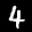
Label: 4